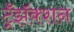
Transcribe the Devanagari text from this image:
ट्रँझॅक्शन